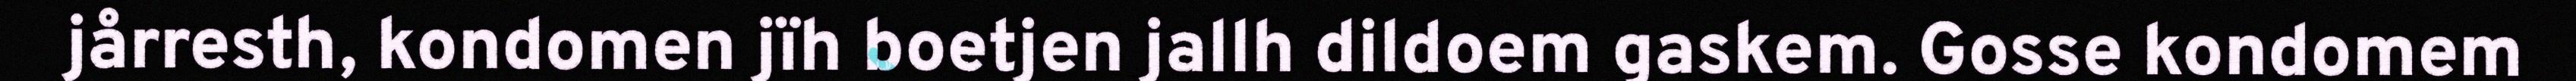
jårresth, kondomen jïh boetjen jallh dildoem gaskem. Gosse kondomem